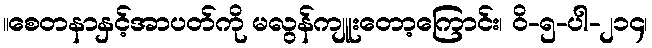
။စေတနာနှင့်အာပတ်ကို မလွန်ကျူးတော့ကြောင်း၊ ဝိ-၅-ပါ-၂၁၄၊